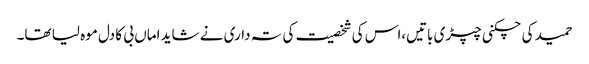
حمید کی چکنی چپڑی باتیں،اس کی شخصیت کی تہ داری نے شاید اماں بی کا دل موہ لیا تھا۔